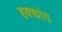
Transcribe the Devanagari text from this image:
हक्कांत